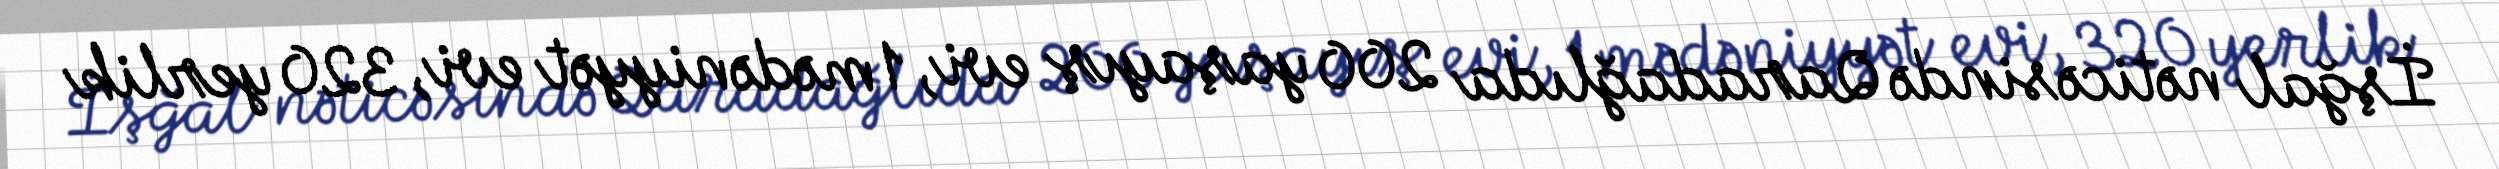
İşğal nəticəsində Qaradağlıda 200 yaşayış evi, 1 mədəniyyət evi, 320 yerlik